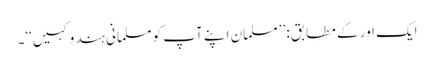
ایک اور کے مطابق: ’’مسلمان اپنے آپ کو مسلمانی ہندو کہیں‘‘۔